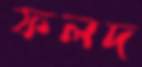
ফলদ